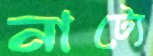
নাট্যে